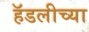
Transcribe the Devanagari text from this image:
हॅडलीच्या